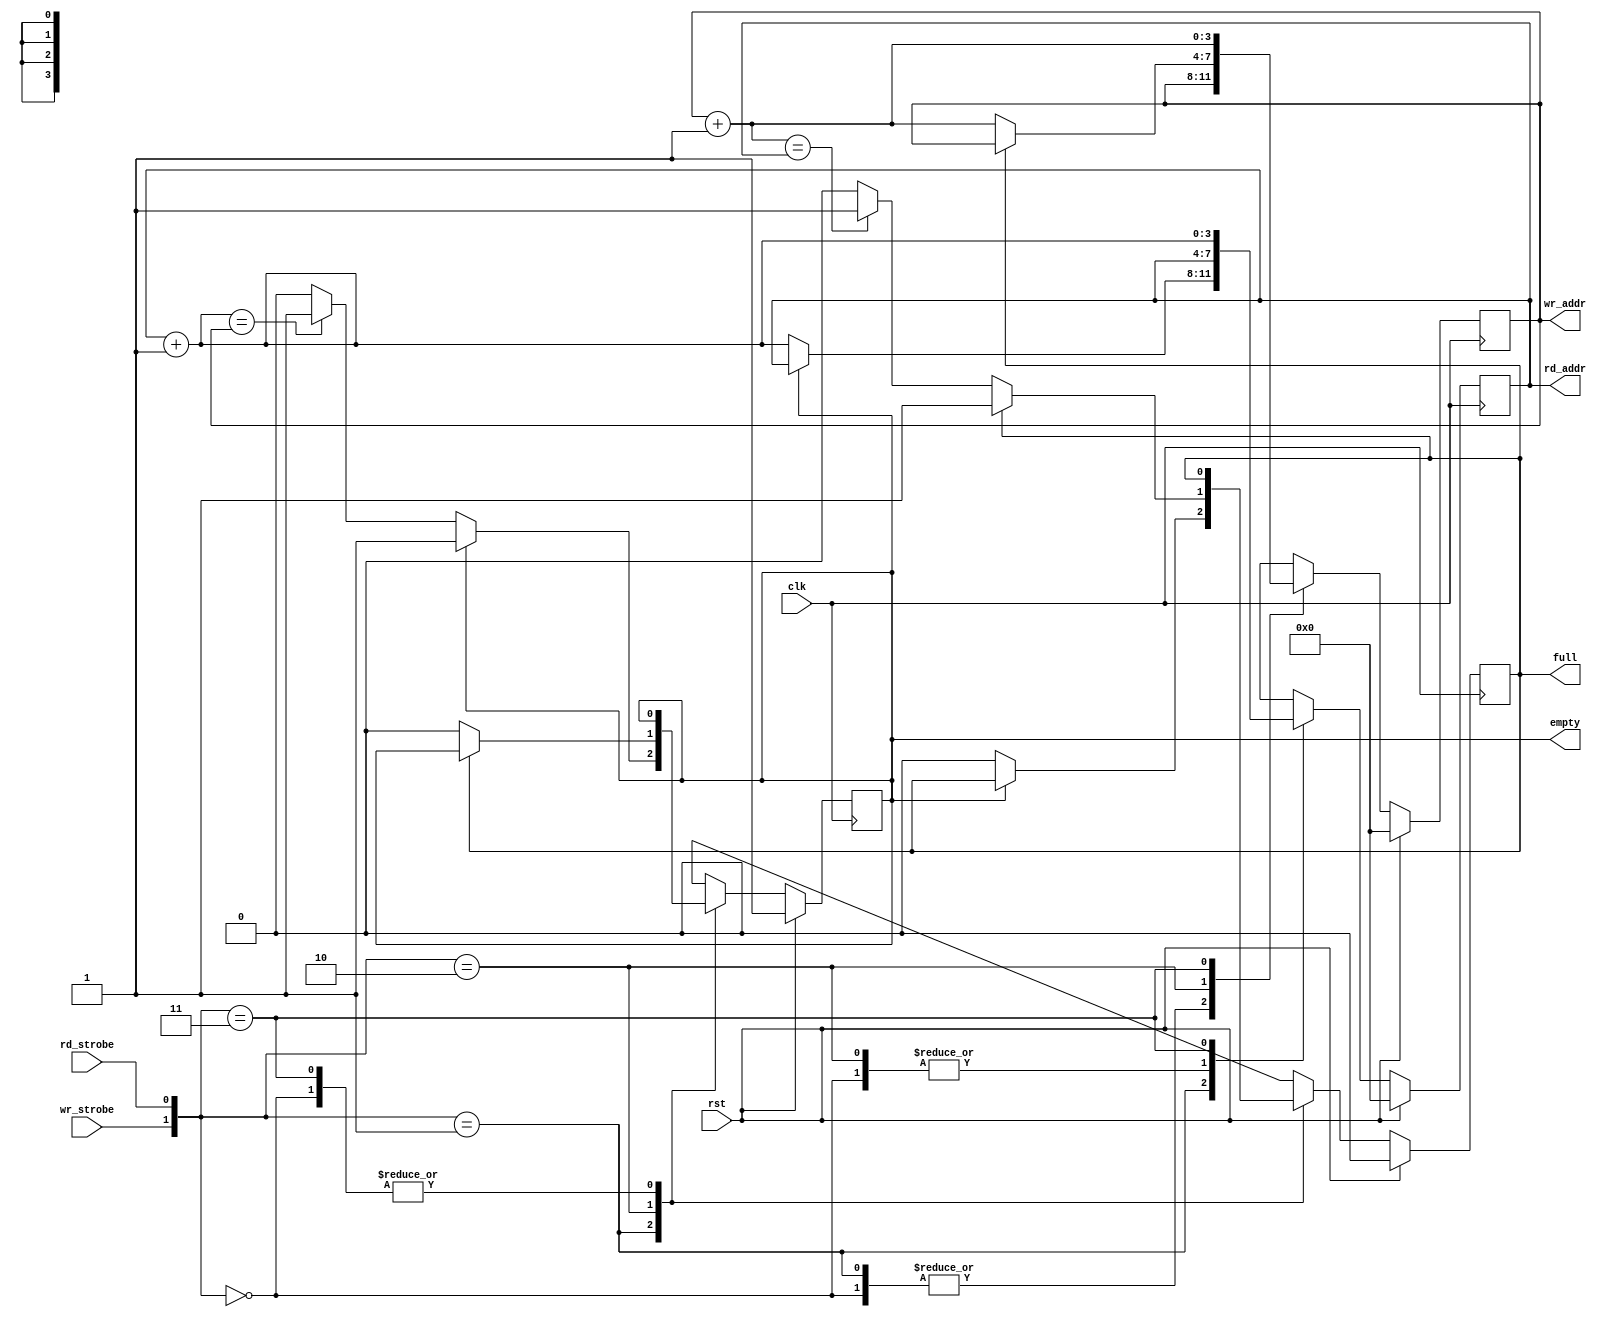
module fifo_controller #(parameter DWIDTH=32,
                            	   FDEPTH=16) 
    (   
        input wire clk,
        input wire rst,
    // --- inputs --- //
    	input wire wr_strobe,
    	input wire rd_strobe,
    // --- outputs --- //
	    output wire full,
    	output wire empty,
    	output wire [AWIDTH-1:0] rd_addr,
    	output wire [AWIDTH-1:0] wr_addr
    );


// --- localparam --- //
    localparam AWIDTH=clog2(FDEPTH-1);

// --- signals --- //
    // --- control unit --- ///
	   	reg [AWIDTH-1:0] wr_ptr_reg;
		reg [AWIDTH-1:0] wr_ptr_next;
	    reg [AWIDTH-1:0] wr_ptr_succ;

		reg [AWIDTH-1:0] rd_ptr_reg;
		reg [AWIDTH-1:0] rd_ptr_next;
		reg [AWIDTH-1:0] rd_ptr_succ;

		reg full_reg;
		reg full_next;

		reg empty_reg;
		reg empty_next;




// --- fifo control unit --- //
// '''Documentation

    // --- memory elements --- //
	always @(posedge clk)
		if (rst) 
			begin
				full_reg    <= 1'b0;
				empty_reg 	<= 1'b1;

				wr_ptr_reg 	<= {AWIDTH{1'b0}};
				rd_ptr_reg 	<= {AWIDTH{1'b0}};
			end
		else 
			begin
				full_reg 	<= full_next;
				empty_reg 	<= empty_next;

				wr_ptr_reg 	<= wr_ptr_next;
				rd_ptr_reg 	<= rd_ptr_next;
			end




    // --- next state logic --- //
	always @(*) begin
		wr_ptr_succ = wr_ptr_reg + 1'b1;
		rd_ptr_succ = rd_ptr_reg + 1'b1;
		
		wr_ptr_next = wr_ptr_reg;
		rd_ptr_next = rd_ptr_reg;
		full_next 	= full_reg;
		empty_next	= empty_reg;

		case ({wr_strobe, rd_strobe})
			2'b00: begin // no op
				wr_ptr_next = wr_ptr_reg;
				rd_ptr_next = rd_ptr_reg;
				full_next 	= full_reg;
				empty_next	= empty_reg;
			end

			2'b01: begin// Read
				if(~empty_reg) begin
					rd_ptr_next	= rd_ptr_succ;
					full_next 	= 1'b0;
					if (rd_ptr_succ	== wr_ptr_reg)
						empty_next = 1'b1;
				end
			end

			2'b10: begin// Write
				if(~full_reg) begin
					wr_ptr_next	= wr_ptr_succ;
					empty_next	= 1'b0;
					if (wr_ptr_succ == rd_ptr_reg)
						full_next = 1'b1;
				end
			end

			2'b11: begin// Concurrent Read - Write
				wr_ptr_next = wr_ptr_succ;
				rd_ptr_next = rd_ptr_succ; 
			end

		endcase
	end


    // --- output drivers --- //
	assign full	 = full_reg;
	assign empty = empty_reg;

	assign wr_addr = wr_ptr_reg;
	assign rd_addr = rd_ptr_reg;




// --- no synthesizable code --- //

    // --- log2(x) function --- //
	function integer clog2;
		input integer depth;
			for (clog2=0; depth>0; clog2=clog2+1)
				depth = depth >> 1;
	endfunction


endmodule